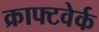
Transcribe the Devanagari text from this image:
क्राफ्टवेर्क